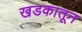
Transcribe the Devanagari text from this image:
खडकातून